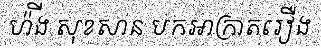
ហ៉ីង សុខសាន បកអាក្រាតរឿង